Lunatic asylums Burma 1907-21 - 1907-1921
Year: 1907
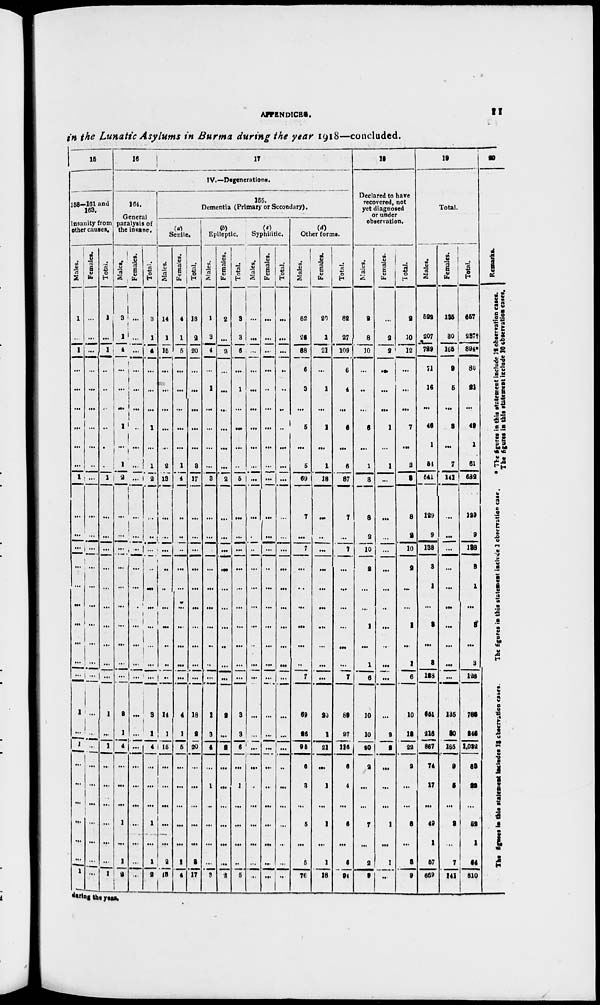
APPENDICES.
11
in the Lunatic Asylums in Burma during the year 1918—concluded.
15
158—161 and
163.
Insanity from
other causes.
Males.
1
...
1
...
...
...
...
...
...
1
...
...
...
...
...
...
...
...
...
...
1
...
1
...
...
...
...
...
...
1
Females.
...
...
...
...
...
...
...
...
...
...
...
...
...
...
...
...
...
...
...
...
...
...
...
...
...
...
...
...
...
...
Total.
1
...
1
...
...
...
...
...
...
1
...
...
...
...
...
...
...
...
...
...
1
...
1
...
...
...
...
...
...
1
16
17
IV.—Degenerations.
164.
General
paralysis of
the insane.
Males.
3
1
4
...
...
...
1
...
1
2
...
...
...
...
...
...
...
...
...
...
3
1
4
...
...
...
1
...
1
2
Females.
...
...
...
...
...
...
...
...
...
...
...
...
...
...
...
...
...
...
...
...
...
...
...
...
...
...
...
...
...
...
Total.
3
1
4
...
...
...
1
...
1
2
...
...
...
...
...
...
...
...
...
...
3
1
4
...
...
...
1
...
1
2
165.
Dementia (Primary or Secondary).
(a)
Senile.
Males.
14
1
15
...
...
...
...
...
2
13
...
...
...
...
...
...
...
...
..
...
14
1
15
...
...
...
...
...
2
13
Females.
4
1
5
...
...
...
...
...
1
4
...
...
...
...
...
...
...
...
...
...
4
1
5
...
...
...
...
...
1
4
Total.
18
2
20
...
...
...
...
...
3
17
...
...
...
...
...
...
...
...
...
...
18
2
20
...
...
...
...
...
3
17
(b)
Epileptic.
Males.
1
3
4
...
1
...
...
...
...
3
...
...
...
...
...
...
...
...
...
...
1
3
4
...
1
...
...
...
...
3
Females.
2
...
2
...
...
...
...
...
...
2
...
...
...
...
...
...
...
...
...
...
2
...
2
...
...
...
...
...
...
2
Total.
3
3
6
...
1
...
...
...
...
5
...
...
...
...
...
...
...
...
...
...
3
3
6
...
1
...
...
...
...
5
(c)
Syphilitic.
Males.
...
...
...
...
...
...
...
...
...
...
...
...
..
...
...
...
...
...
...
...
...
...
...
...
...
...
...
...
...
...
Females.
...
...
...
...
...
...
...
...
...
...
...
...
...
...
...
...
...
...
...
...
...
...
...
...
...
...
...
...
...
...
Total.
...
...
...
...
...
...
...
...
...
...
...
...
...
...
...
...
...
...
...
...
...
...
...
...
...
...
...
...
...
...
(d)
Other forms.
Males.
62
26
88
6
3
...
5
...
5
69
7
...
7
...
...
...
...
...
...
7
69
26
96
6
3
...
5
...
5
76
Females.
20
1
21
...
1
...
1
...
1
18
...
...
...
...
...
...
...
...
...
...
20
1
21
...
1
...
1
...
1
18
Total.
82
27
109
6
4
...
6
...
6
87
7
...
7
...
...
...
...
...
...
7
89
27
116
6
4
...
6
...
6
94
18
Declared to have
recovered, not
yet diagnosed
or under
observation.
Males.
2
8
10
...
...
...
6
...
1
3
8
2
10
2
...
...
1
...
1
6
10
10
20
2
...
...
7
...
2
9
Females.
...
2
2
...
...
...
1
...
1
...
...
...
...
...
...
...
...
...
...
...
...
2
2
...
...
...
1
...
1
...
Total.
2
10
12
...
...
...
7
...
2
3
8
2
10
2
...
...
1
...
1
6
10
12
22
2
...
...
8
...
3
9
19
Total.
Males.
522
207
729
71
16
...
46
1
54
541
129
9
138
3
1
...
3
...
3
128
651
216
867
74
17
...
49
1
57
669
Females.
135
30
165
9
5
...
3
...
7
141
...
...
...
...
...
...
...
...
...
...
135
30
165
9
5
...
3
...
7
141
Total.
657
237†
894*
80
21
...
49
1
61
682
129
9
138
3
1
...
3
...
3
128
786
246
1,022
83
22
...
52
1
64
810
20
Remarks.
* The figures
in this statement
include 12 observation cases.
The figure in this statement include 10 observation cases.
The figures in this statement
include
1 observation case.
The figures in this statement includes
during the year.